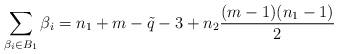
LaTeX: \begin{gather*}\sum_{\beta_i \in B_1} \beta_i=n_1+m-\tilde{q}-3+n_2\frac{(m-1)(n_1-1)}{2}\end{gather*}